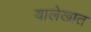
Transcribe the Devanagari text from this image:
यालेखात